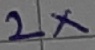
Text: 2X